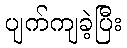
ပျက်ကျခဲ့ပြီး